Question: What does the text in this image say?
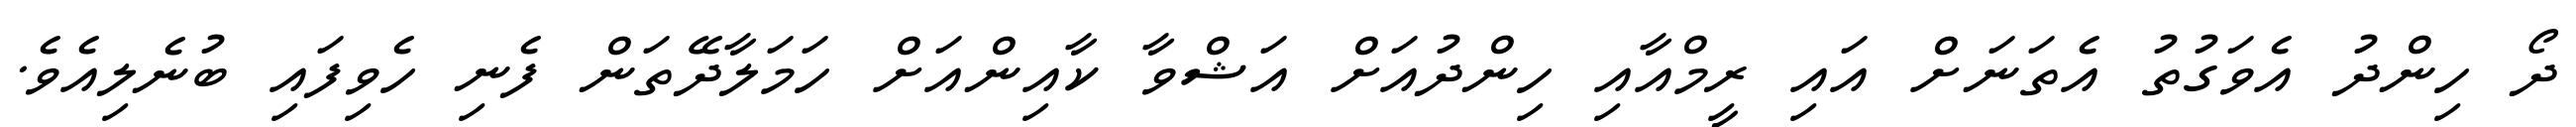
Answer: ދޯ ހިންދު އެވަގުތު އެތަނަށް އައި ރީމްއާއި ހިންދުއަށް އަޝްވާ ކާއިންއަށް ހަމަލާދޭތަން ފެނި ހެވިފައި ބުނެލިއެވެ.